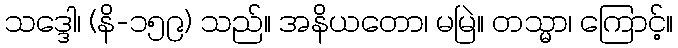
သဒ္ဒေါ၊ (နိ-၁၅၉) သည်။ အနိယတော၊ မမြဲ။ တသ္မာ၊ ကြောင့်။